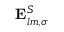
\mathbf { E } _ { l m , \sigma } ^ { S }